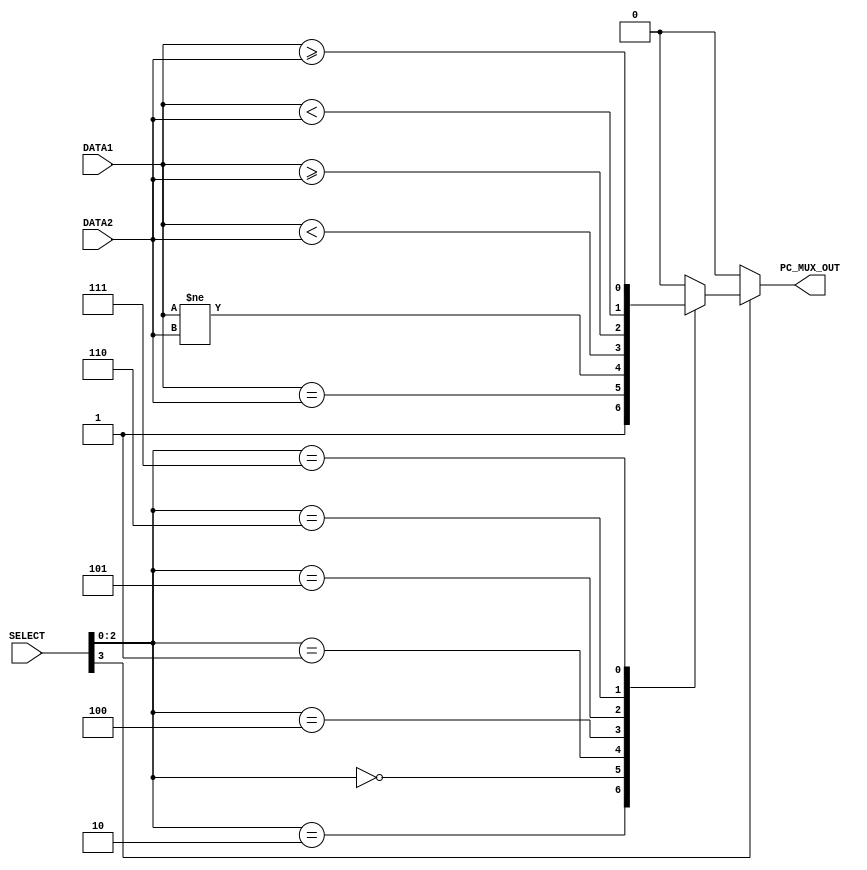
`timescale 1ns/100ps

module branch_control_unit (DATA1, DATA2, SELECT, PC_MUX_OUT);

    input [31:0] DATA1, DATA2;
    input [3:0] SELECT;
    output reg PC_MUX_OUT;

    // Wires to hold intermediate calculations
    wire BEQ, BNE, BLT, BGE, BLTU, BGEU;

    // Comparison calculations
    assign BEQ = DATA1 == DATA2;
    assign BNE = DATA1 != DATA2;
    assign BLT = $signed(DATA1) < $signed(DATA2);
    assign BGE = $signed(DATA1) >= $signed(DATA2);
    assign BLTU = $unsigned(DATA1) < $unsigned(DATA2);
    assign BGEU = $unsigned(DATA1) >= $unsigned(DATA2);

    always @ (*)
    begin
        #2 
        if (SELECT[3])      // SELECT[3] = 1 means the instruction is a branch/jump instruction
        begin
            case (SELECT[2:0])
                // for JAL and JALR
                3'b010:
                    PC_MUX_OUT = 1'b1; 
                // for BEQ
                3'b000:
                    PC_MUX_OUT = BEQ;
                // for BNE
                3'b001:
                    PC_MUX_OUT = BNE;
                // for BLT
                3'b100:
                    PC_MUX_OUT = BLT;
                // for BGE
                3'b101:
                    PC_MUX_OUT = BGE;
                // for BLTU
                3'b110:
                    PC_MUX_OUT = BLTU; 
                // for BGEU
                3'b111:
                    PC_MUX_OUT = BGEU; 
                default:
                    PC_MUX_OUT = 1'b0;
            endcase
        end
        else
        begin
            PC_MUX_OUT = 1'b0;
        end
    end
    
endmodule